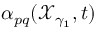
\alpha _ { p q } ( \mathcal { X } _ { \gamma _ { 1 } } , t )